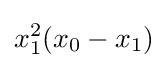
x_{1}^{2}(x_{0}-x_{1})